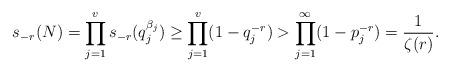
LaTeX: \begin{align*} s_{-r}(N)=\prod_{j=1}^vs_{-r}(q_j^{\beta_j})\geq\prod_{j=1}^v(1-q_j^{-r})>\prod_{j=1}^{\infty}(1-p_j^{-r})=\frac{1}{\zeta(r)}. \end{align*}